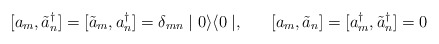
\begin{align*}[a_{m}, \tilde{a}^{\dagger}_{n}] = [\tilde{a}_{m}, a^{\dagger}_{n}] = \delta_{mn} \mid 0 \rangle \langle 0 \mid , \;\;\;\;\;\; [a_{m}, \tilde{a}_{n}] = [a^{\dagger}_{m}, \tilde{a}^{\dagger}_{n}] = 0 \end{align*}